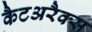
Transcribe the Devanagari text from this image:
कैटअरैक्स